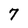
Character: 7